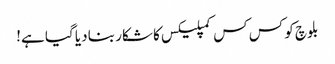
بلوچ کو کس کس کمپلیکس کا شکار بنا دیا گیا ہے!